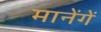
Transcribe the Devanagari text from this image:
मानेंगें